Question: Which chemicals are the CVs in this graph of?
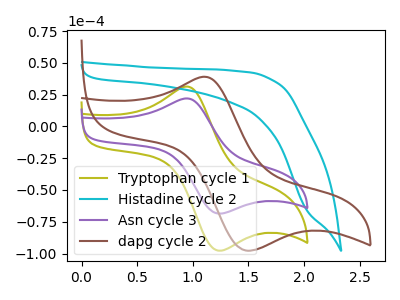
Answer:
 <answer>The olive curve is labeled "Tryptophan cycle 1". The cyan curve is labeled "Histadine cycle 2". The purple curve is labeled "Asn cycle 3". The brown curve is labeled "dapg cycle 2".</answer>
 <eval></eval>